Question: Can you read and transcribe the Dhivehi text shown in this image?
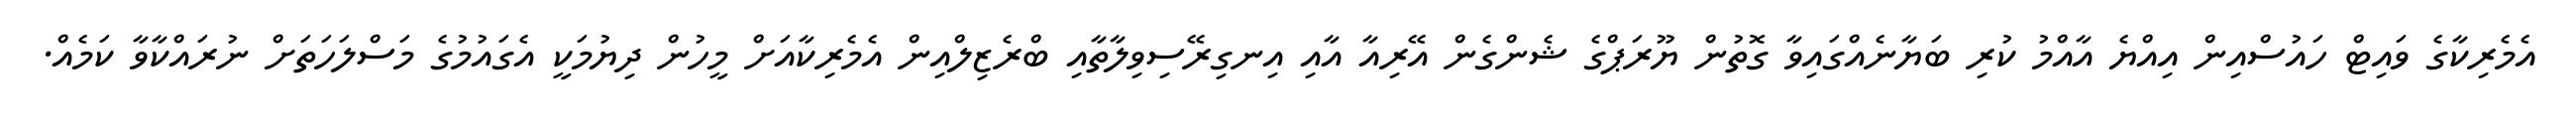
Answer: އެމެރިކާގެ ވައިޓް ހައުސްއިން އިއްޔެ އާއްމު ކުރި ބަޔާނެއްގައިވާ ގޮތުން ޔޫރަޕްގެ ޝެންގެން އޭރިއާ އާއި އިނގިރޭސިވިލާތާއި ބްރެޒިލްއިން އެމެރިކާއަށް މީހުން ދިޔުމަކީ އެގައުމުގެ މަސްލަހަތަށް ނުރައްކާވާ ކަމެއް.